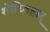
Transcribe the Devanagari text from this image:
शोध्विहार्